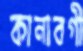
কানাবগী